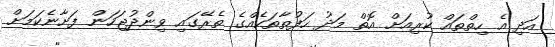
އަދި އެ ހިތްތައް ކުރިއަށް އޮތް މަދު ހަފުތާތަކެއްގެ ތެރޭގައި ވިންދުޖަހަން ފަށާނެކަމަށް